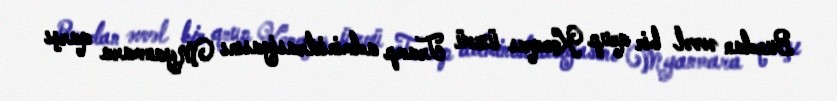
Bundan əvvəl bir qrup Konqres üzvü Tramp administrasiyasını Myanmara qarşı